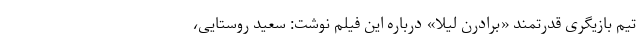
تیم بازیگری قدرتمند «برادرن لیلا» درباره این فیلم نوشت: سعید روستایی،